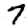
Digit: 7